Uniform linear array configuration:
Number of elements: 64
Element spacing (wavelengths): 0.25
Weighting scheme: kaiser
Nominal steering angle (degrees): -45
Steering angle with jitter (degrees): -46.966
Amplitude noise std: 0.05
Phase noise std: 0.05

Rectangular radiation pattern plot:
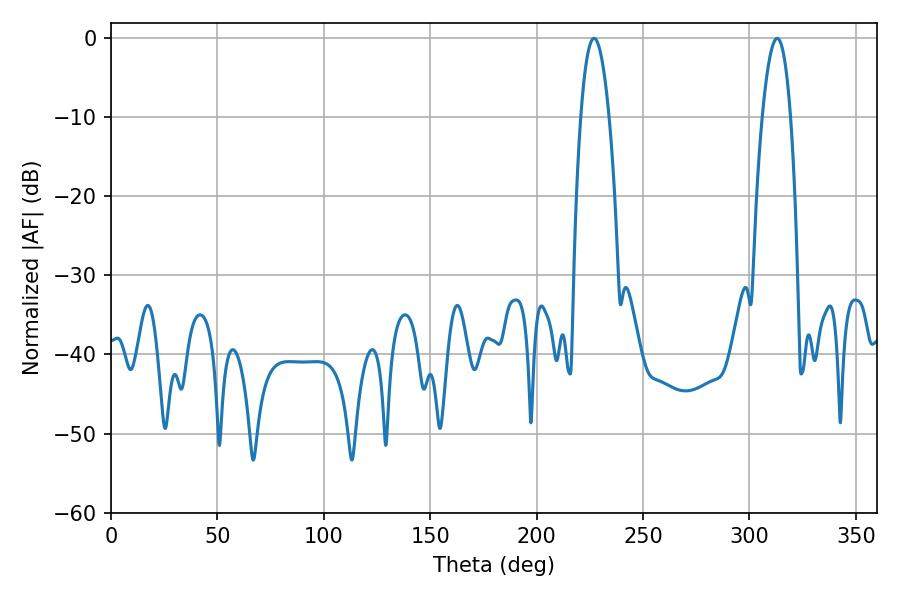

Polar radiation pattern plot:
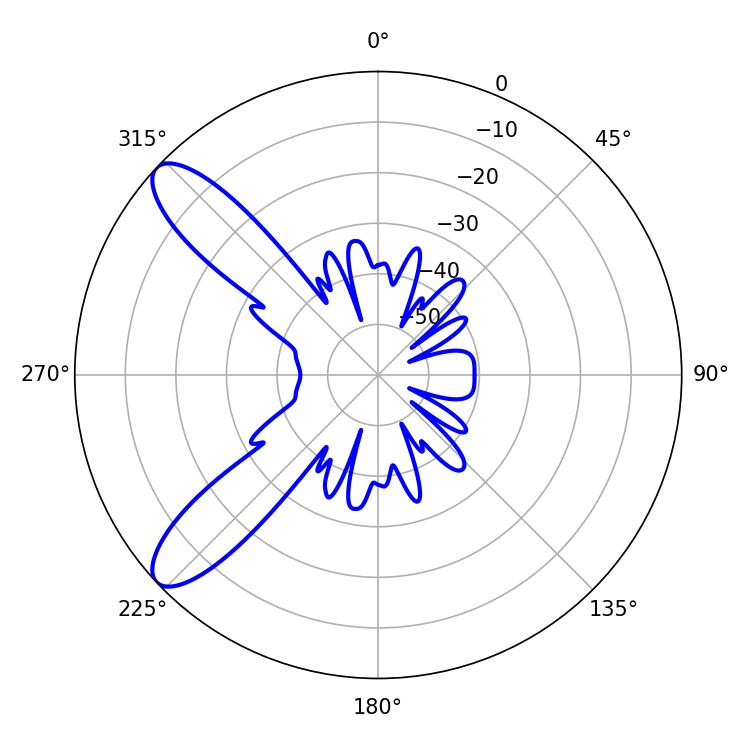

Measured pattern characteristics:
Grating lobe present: FALSE
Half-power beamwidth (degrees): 7.38
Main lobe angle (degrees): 226.98